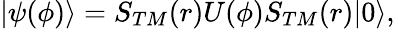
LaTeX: |\psi(\phi)\rangle=S_{TM}(r)U(\phi)S_{TM}(r)|0\rangle,